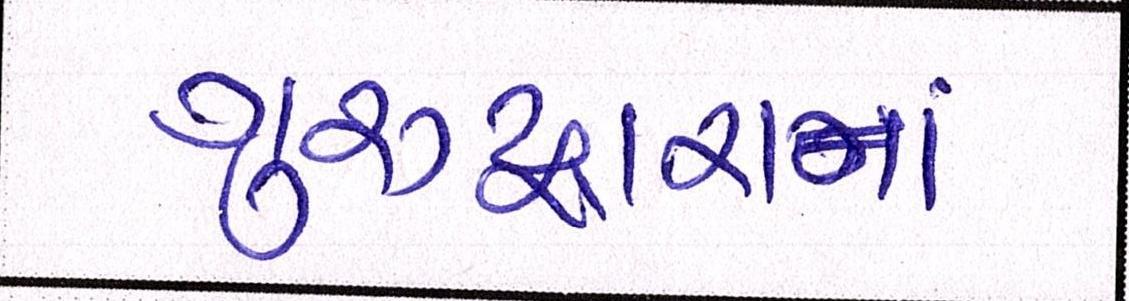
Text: ગુરુદ્વારાનાં